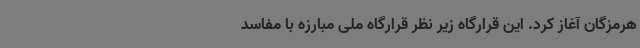
هرمزگان آغاز کرد. این قرارگاه زیر نظر قرارگاه ملی مبارزه با مفاسد